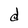
Character: d